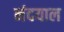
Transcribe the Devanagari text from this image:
नंदयाल